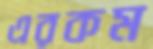
এরকম